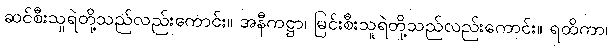
ဆင်စီးသူရဲတို့သည်လည်းကောင်း။ အနီကဋ္ဌာ၊ မြင်းစီးသူရဲတို့သည်လည်းကောင်း။ ရထိကာ၊